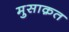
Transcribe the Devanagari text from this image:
मुसाक़त